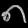
Digit: ၈